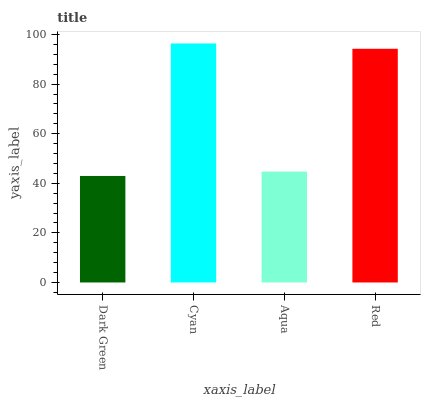
| xaxis_label | bars |
 | --- | --- |
 | Dark Green | 43 |
 | Cyan | 96.4 |
 | Aqua | 44.7 |
 | Red | 94.3 |